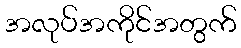
အလုပ်အကိုင်အတွက်